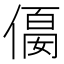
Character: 𠍛